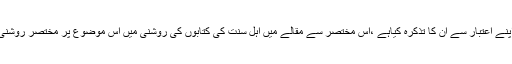
راویوں نے اپنے اپنے اعتبار سے ان کا تذکرہ کیاہے ،اس مختصر سے مقالے میں اہل سنت کی کتابوں کی روشنی میں اس موضوع پر مختصر روشنی ڈالی جارہی ہے ۔